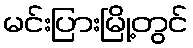
မင်းပြားမြို့တွင်